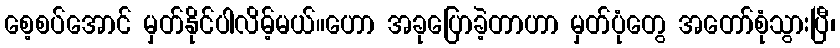
စေ့စပ်အောင် မှတ်နိုင်ပါလိမ့်မယ်။ဟော အခုပြောခဲ့တာဟာ မှတ်ပုံတွေ အတော်စုံသွားပြီ၊